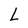
Character: L